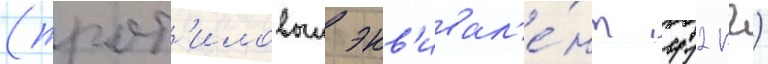
(трот'иловыи экв'ивал'е́нт 412 кг)